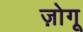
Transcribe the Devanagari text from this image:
ज़ोगू